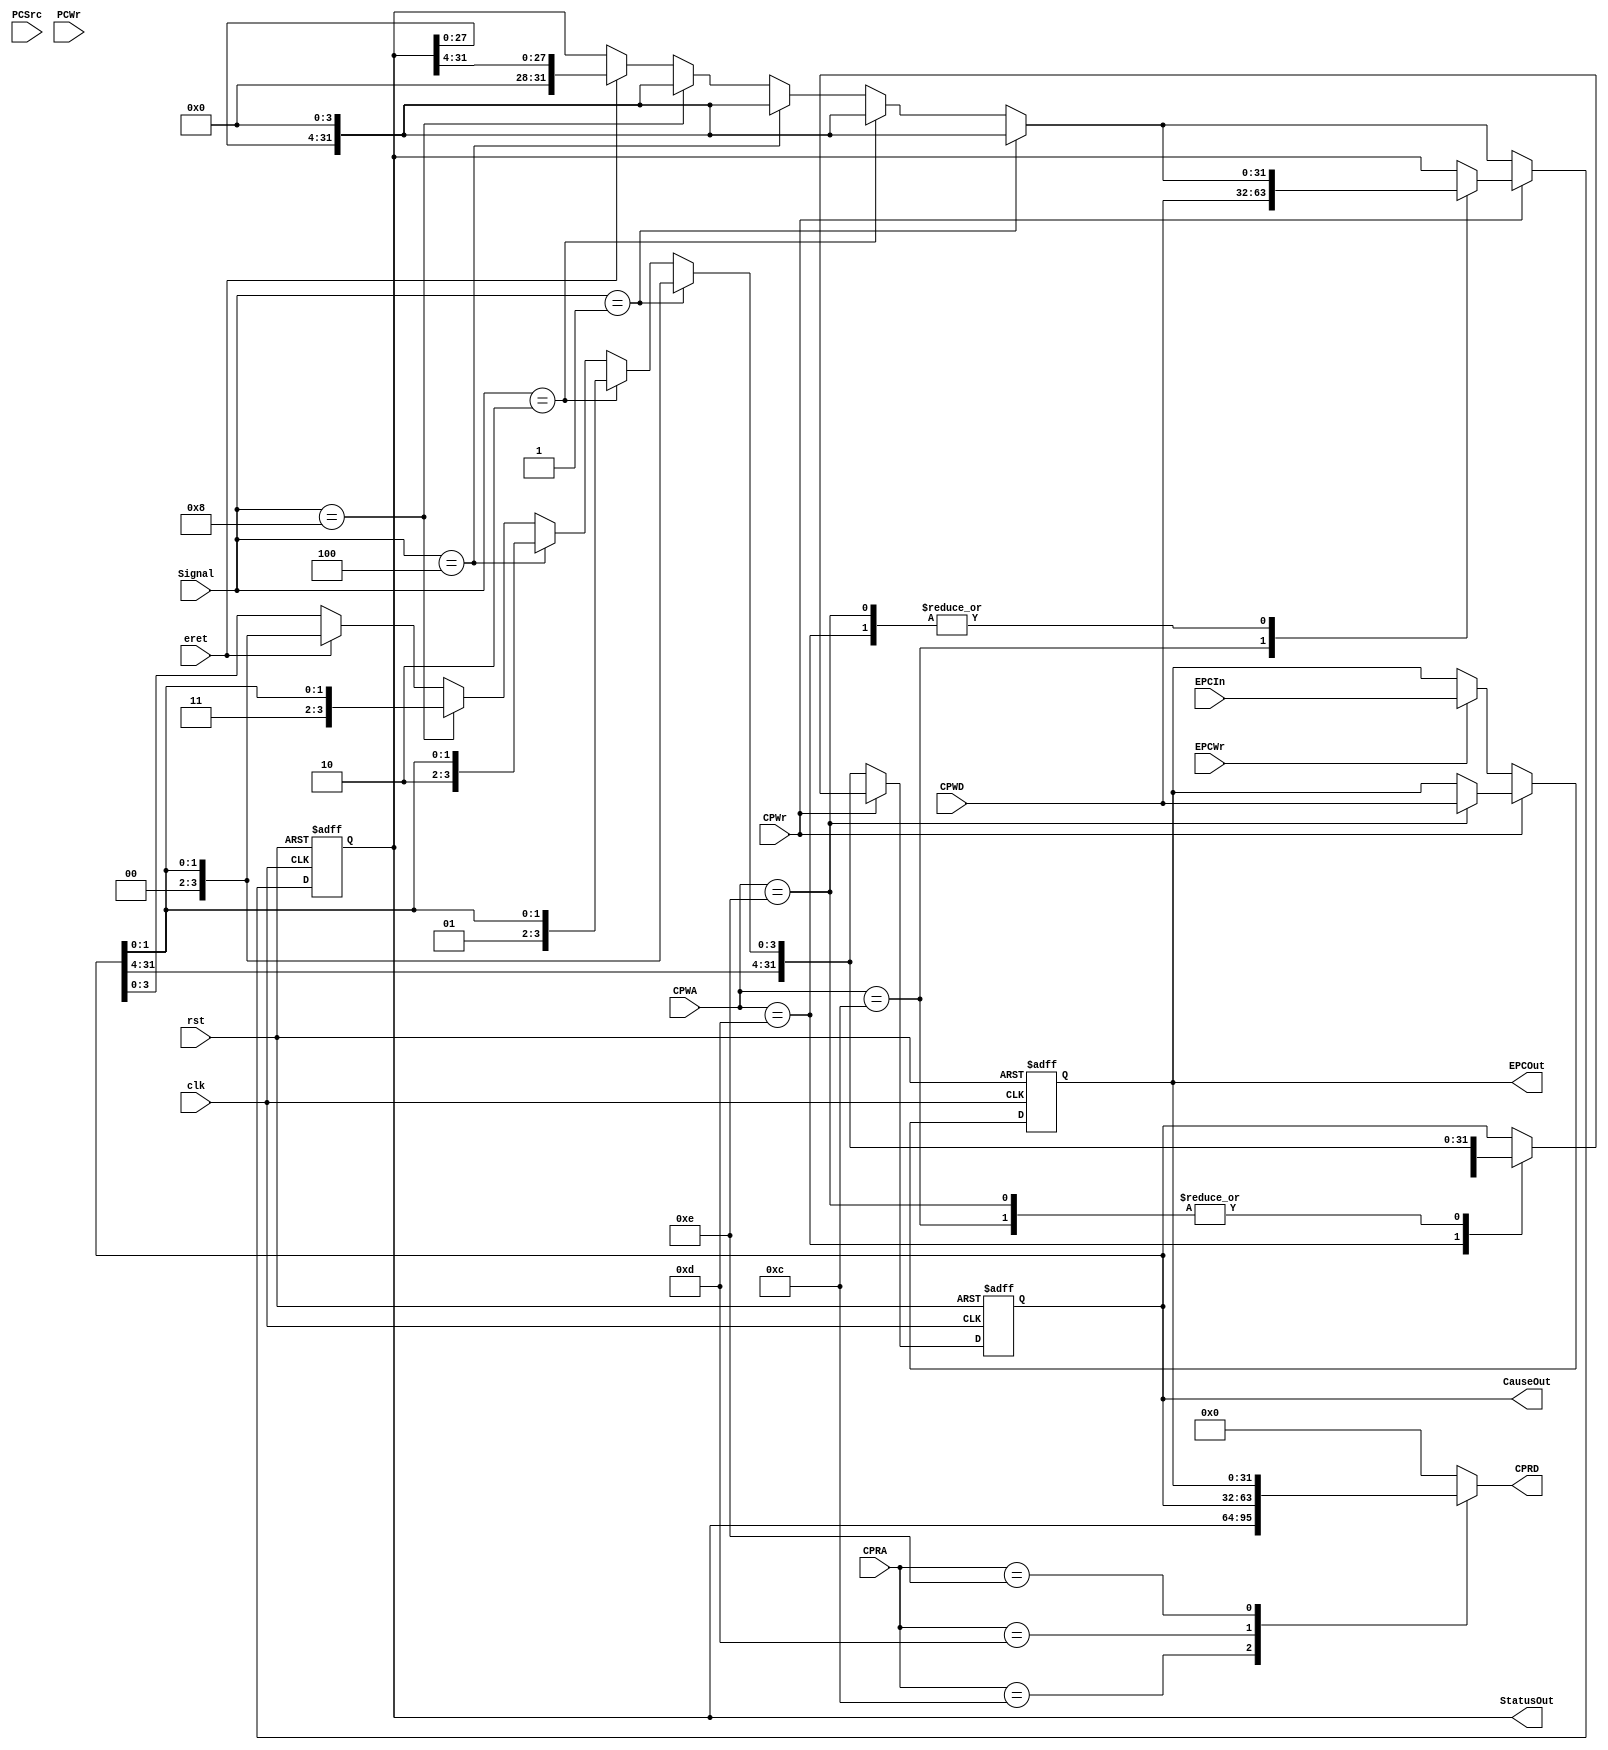
module CP0(
  input clk,
  input rst,
  input [3:0] Signal,
  //Signal[0] = INT, Signal[1] = Sys, Signal[2] = Unimpl, Signal[3] = Ovf
  input CPWr,
  input [4:0] CPRA,
  input [2:0]PCSrc,
  input [31:0] CPWD,
  input [31:0] EPCIn,
  //generate from NPC
  input [4:0] CPWA,
  output [31:0] CPRD,
  output [31:0] EPCOut,
  output [31:0] StatusOut,
  output [31:0] CauseOut,
  //send to NPC
  input PCWr,
  input EPCWr,
  input eret
);

//#12
reg [31:0] Cause;
//#13
reg [31:0] Status;
//#14
reg [31:0] EPC;
reg [31:0] StatusUpdate;
reg [31:0] CauseUpdate;
reg [31:0] ReadData;

assign EPCOut = EPC;
assign StatusOut = Status;
assign CPRD = ReadData;
assign CauseOut = Cause;
initial
begin
  Status <= 32'd0;
  EPC <= 32'd0;
  Cause <= 32'd0;
  StatusUpdate <= 32'd0;
  CauseUpdate <= 32'b0;
  ReadData <= 32'd0;
end

always @(negedge clk or posedge rst) begin
	if(rst == 1) begin
		Status <= 32'd0;
		Cause <= 32'd0;
		EPC <= 32'd0;
	end
	else begin
	  if (CPWr) begin
		 case (CPWA)
			5'd12: begin
			  Status <= CPWD;
			  Cause <= CauseUpdate;
			  EPC <= EPC;
			end
			5'd13: begin
			  Cause <= CPWD;
			  Status <= StatusUpdate;
			  EPC <= EPC;
			end
			5'd14: begin
			  EPC <= CPWD;
			  Cause <= CauseUpdate;
			  Status <= StatusUpdate;
			end
		 endcase
	  end else if(EPCWr) begin
		 Cause <= CauseUpdate;
		 Status <= StatusUpdate;
		 EPC <= EPCIn;
	  end 
	  else begin
		 Cause <= CauseUpdate;
		 Status <= StatusUpdate;
		 EPC <= EPC;
	  end
	end
end

always @(*) begin
  case (CPRA)
    5'd12: ReadData = Status;
    5'd13: ReadData = Cause;
    5'd14: ReadData = EPC; 
    default: ReadData = 32'd0;
  endcase
end

always @(*) begin
  if(Signal == 4'd1) begin
    StatusUpdate = Status << 4;
    CauseUpdate = {Cause[31:4], 2'd0, Cause[1:0]};
  end
  else if (Signal == 4'd2) begin
    StatusUpdate = Status << 4;
    CauseUpdate = {Cause[31:4], 2'd1, Cause[1:0]};
  end
  else if (Signal == 4'd4) begin
    StatusUpdate = Status << 4;
    CauseUpdate = {Cause[31:4], 2'd2, Cause[1:0]};
  end
  else if (Signal == 4'd8) begin
    StatusUpdate = Status << 4;
    CauseUpdate = {Cause[31:4], 2'd3, Cause[1:0]};
  end
  else if (eret) begin
    StatusUpdate = Status >> 4;
    CauseUpdate = {Cause[31:4], 2'd0, Cause[1:0]};
  end
  else begin
    StatusUpdate = Status;
    CauseUpdate = Cause;
  end

end

endmodule